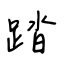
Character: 踏